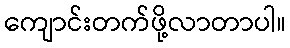
ကျောင်းတက်ဖို့လာတာပါ။